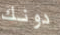
دونك